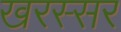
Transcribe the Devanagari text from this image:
खरस्सर